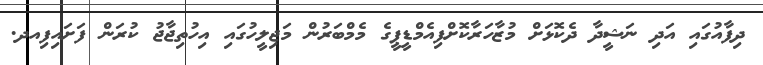
ދިފާއުގައި އަދި ނަޝީދާ ދެކޮޅަށް މުޒާހަރާކޮށްފިއެމްޑީޕީގެ މެމްބަރުން މަޖިލީހުގައި އިހުތިޖާޖު ކުރަން ފަށައިފިއދ.